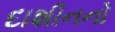
દાશીનનો